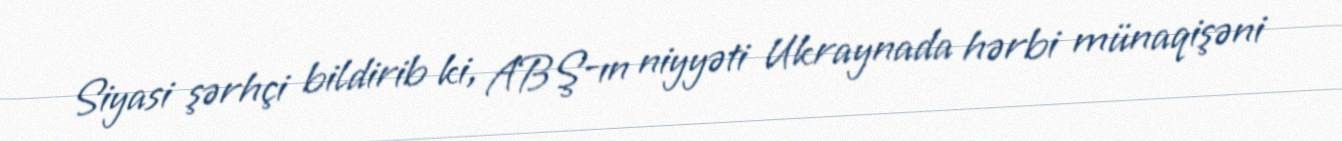
Siyasi şərhçi bildirib ki, ABŞ-ın niyyəti Ukraynada hərbi münaqişəni